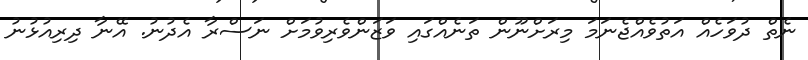
ނެތް ދުވަހެއް އަތުވެއްޖެނަމަ މިރަށްނޫން ތަނެއްގައި ވަޒަންވެރިވުމަށް ނަސްރާ އެދުނު. އޭނާ ދިރިއުޅުނު